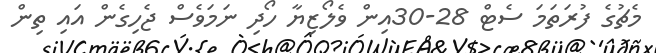
މެޗުގެ ފުރަތަމަ ސެޓް 28-30އިން ވެލޯޒިޔާ ހޯދި ނަމަވެސް ޖެހިގެން އައި ތިން